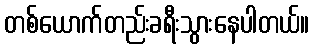
တစ်ယောက်တည်းခရီးသွားနေပါတယ်။